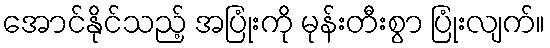
အောင်နိုင်သည့် အပြုံးကို မုန်းတီးစွာ ပြုံးလျက်။